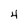
Character: 4